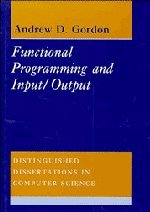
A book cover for Functional Programming and Input/Output (Distinguished Dissertations in Computer Science); Andrew D. Gordon; Computers & Technology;